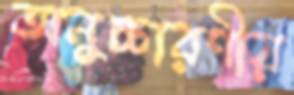
অনুচ্চারণীয়